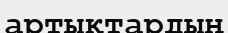
артықтардың